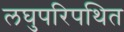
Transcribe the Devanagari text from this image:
लघुपरिपथित